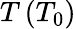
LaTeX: T\, (T_{0})